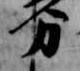
分